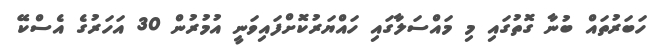
ހަބަރުތައް ބުނާ ގޮތުގައި މި މައްސަލާގައި ހައްޔަރުކޮށްފައިވަނީ އުމުރުން 30 އަހަރުގެ އެސްކޭ